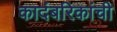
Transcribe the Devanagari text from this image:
कादंबरिकांची